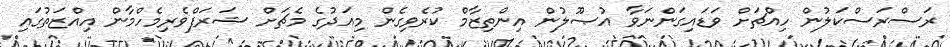
ރަސްރަސްކަލުން ހިއްޗަށް ވަޑައިގަންނަވާ އުޞޫލުން އިންތިޒާމް ކުރެވިގެން މިއަދުގެ މެޗަށް ޝަރަފްވެރިމެހްމާން އިއްޒަތުގައި